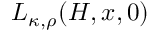
L _ { \kappa , \rho } ( H , x , 0 )